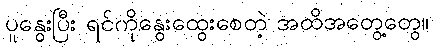
ပူနွေးပြီး ရင်ကိုနွေးထွေးစေတဲ့ အထိအတွေ့တွေ။